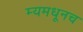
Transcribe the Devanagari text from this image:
म्यमधूनच